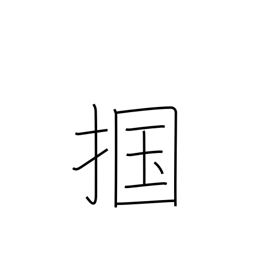
Meaning: seize